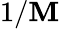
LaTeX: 1/\mathbf{M}